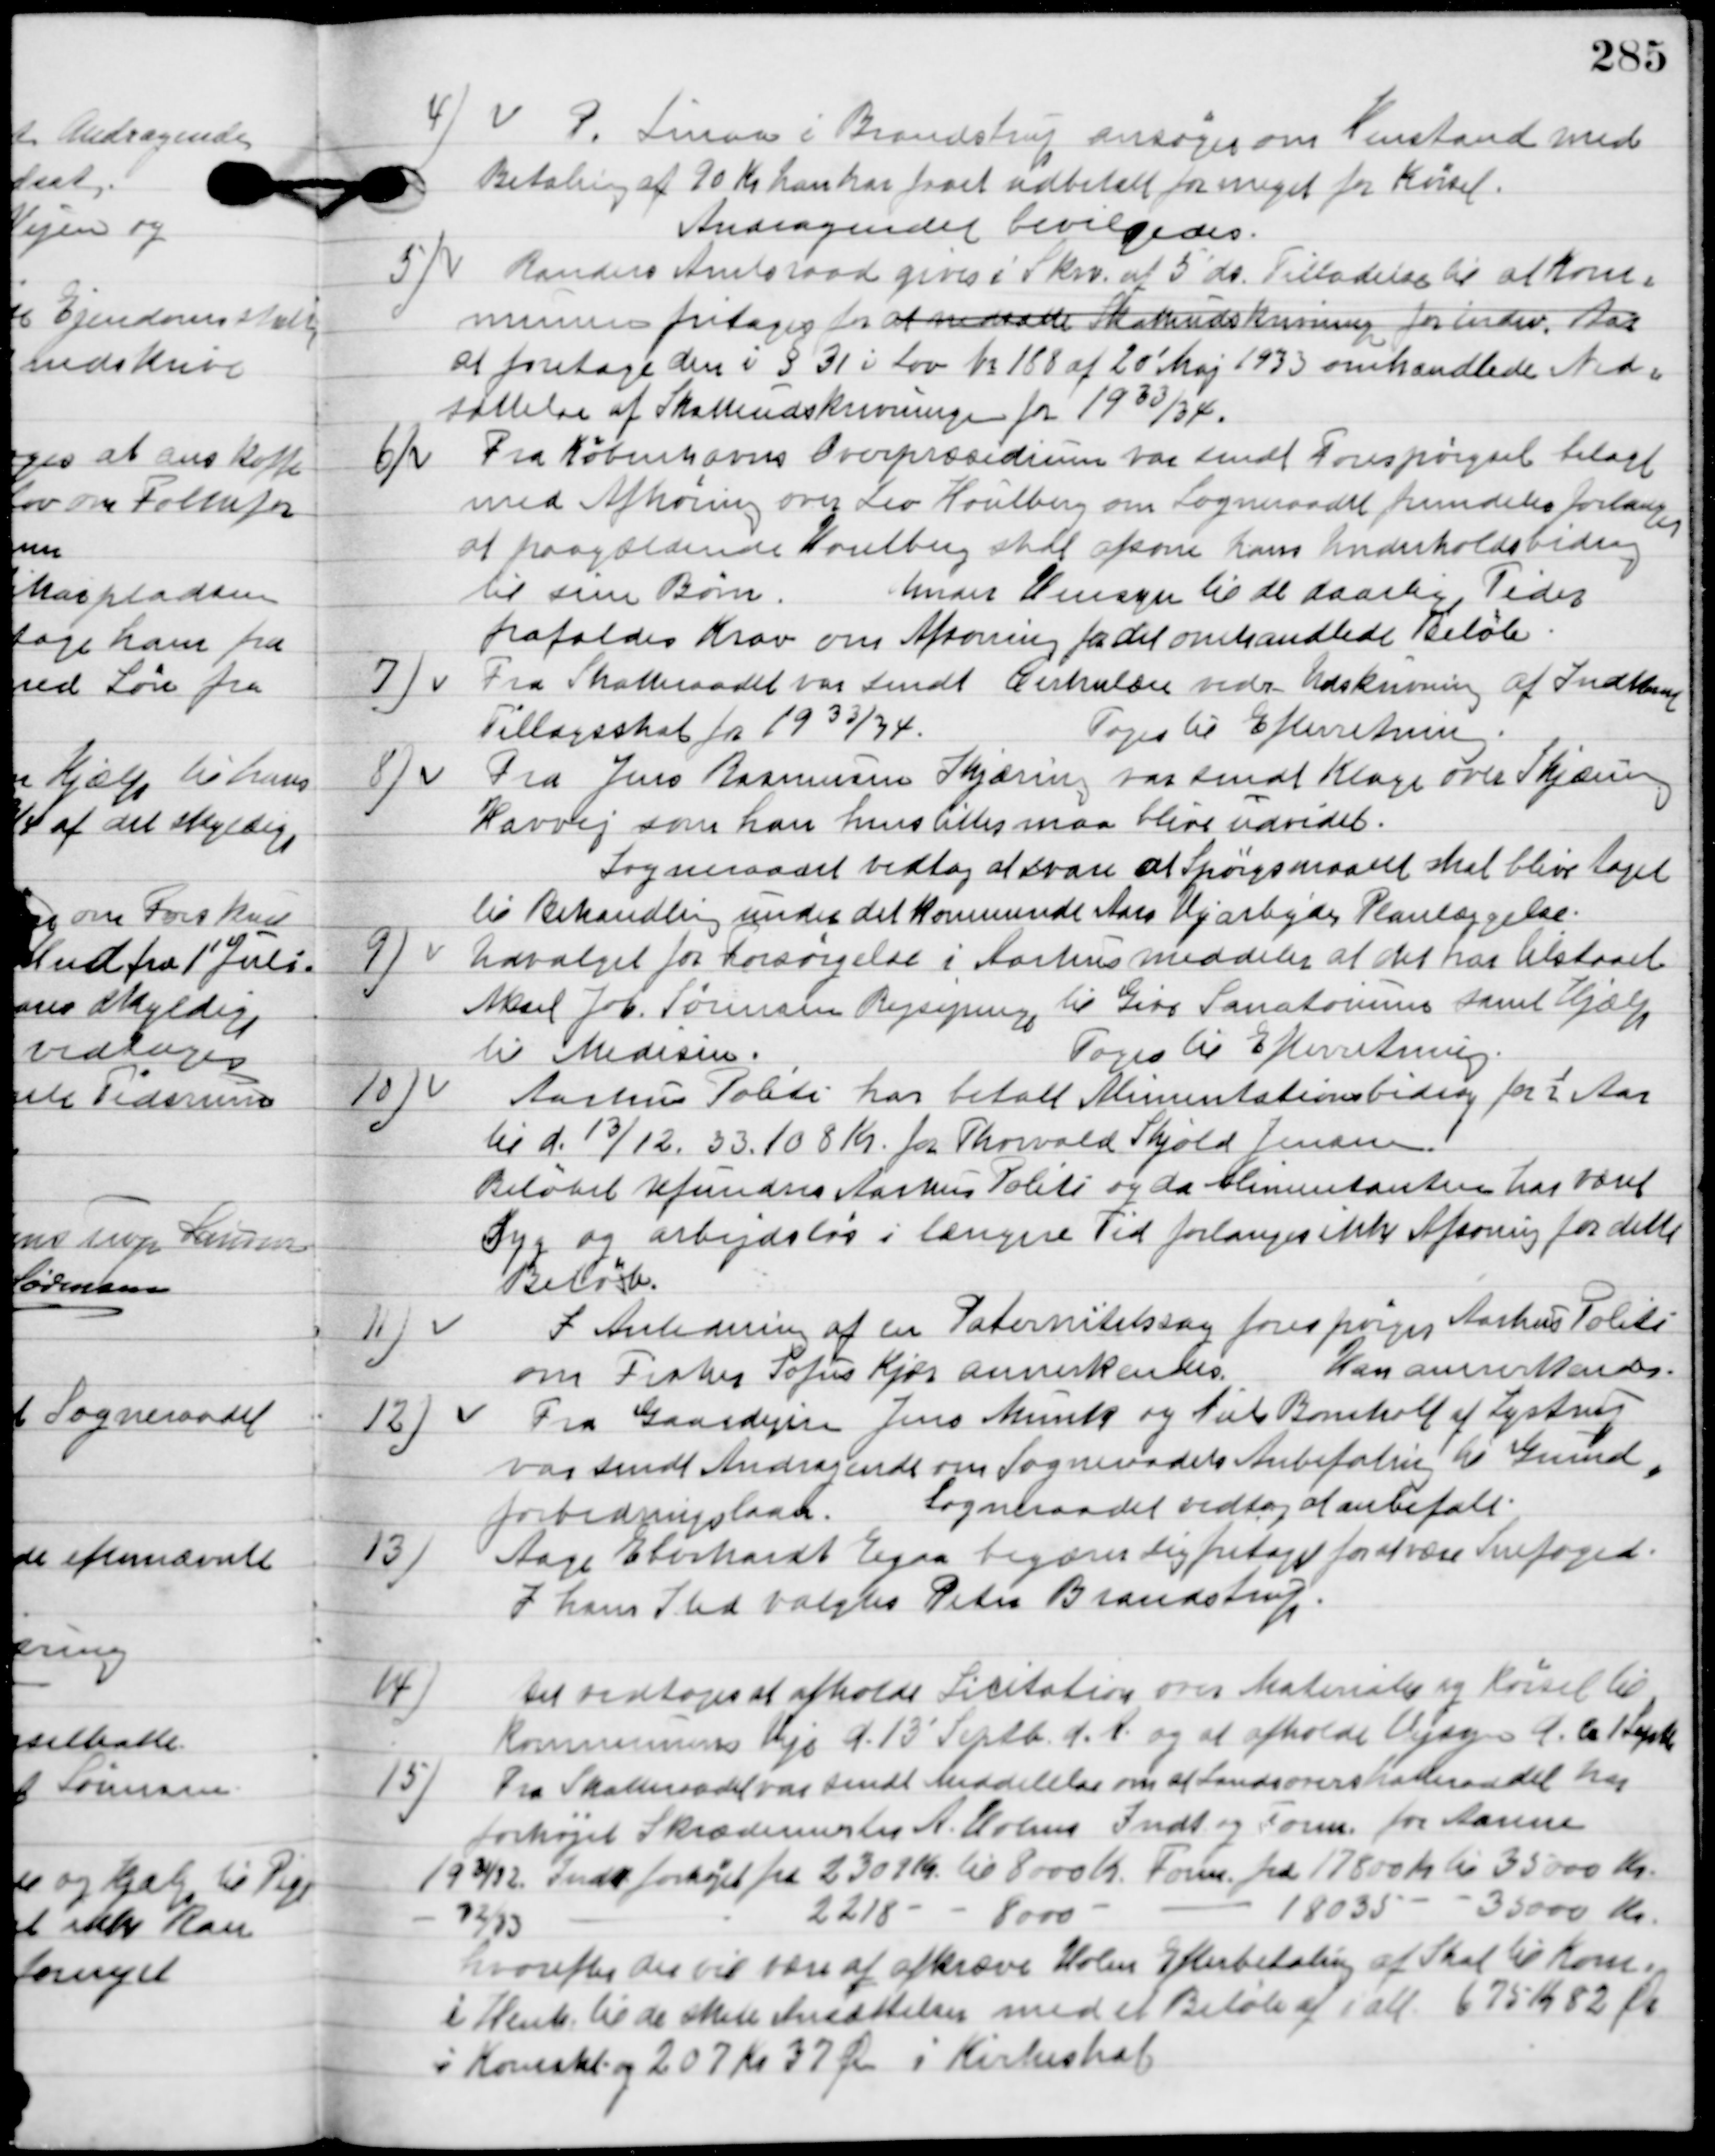
Transskription:
4

P. Linaa i Brandstrup ansøger om henstand med
Betaling af 90 Kr. han har faaet udbetalt for meget for Kørsel.
Andragendet bevilgedes.

5.

Randers Amtsraad giver i skrivelse af 5´ds. Tilladelse til at Kom-
munen fritages for
at foretage den i § 31 i Lov bs. 188 af 20´ Maj 1933 omhandlede An-
sættelse af Skatteudskrivningen for 1933/34.

6

Fra Københavns Overpræsidium var sendt forespørgsel betalt
med Afhøring over Leo Houlberg om Sognerraadet fremdeles forlanger
at paagældende Houlberg skal afsone hans Underholdsbidrag
til sine Børn.
Under Hensyn til de daarlige Tider
frafalder Krav om Afsoning fra det omhandlede Beløb.

7

Fra Skatteraadet var sendt Cirkulære vedr. Udskrivning af Indkomst
Tillægsskat fra 1933/34.
Toges til Efterretning.

8

Fra Jens Rasmussen Skjæring var sendt Klage over Skjæring
Havvej som han henstiller maa blive udvidet.
Sogneraadet vedtog at svare at Spørgsmaalet skal blive taget
til Behandling under det kommende Aars Vejarbejde Planlæggelse.

9.

Udvalget for Forsørgelse i Aarhus meddeler at det har tilstaaet
Aksel Job Sørensen rejsepenge til Give Sanatorium samt Hjælp
til Medisin.
Toges til Efterretning.

10

Aarhus Politi har betalt Alimentationsbidrag for ½ Aar
til d. 13/12. 33.108 Kr. for Thorvald Skjold Jensen.
Beløbet refunderes Aarhus Politi og da Alimentanten har været
syg og arbejdsløs i længere Tid forlanges ikke Afsoning for dette
Beløb.

11.

I Anledningen af en Paternitetssag forespørger Aarhus Politi
om fisker Sofus Kjær annerkendes.
Han annerkendes.

12.

Fra Gaardejer Jens Munk og Niels Bomholt af Lystrup
var sendt Andragende om Sogneraadets anbefaling til Grund-
forbedringslaan.
Sogneraadet vedtog at anbefale.

13

Aage Eberhardt Egaa begærer sig fritaget for at være Snefoged.
I hans sted valgtes Peter Brandstrup.

14

Det vedtoges at afholde Licitation over Materiale og Kørsel til
Kommunens Veje d. 13´ Septb. d. A. og at afholde Vejsyn d. 1´ Septb.

15

Fra Skatteraadet var sendt meddelelse om at Landsoverskatteraadet har
forhøjet Skrædermester A. Holms Indk. og Form. for Aarene
1931/32 Indk. forhøjet fra 2301 Kr. til 8000 Kr., Form. fra 17800 Kr. til 35000 Kr.
1932/33 Indk. forhøjet fra 2218 Kr. til 8000 Kr., Form. fra 18035 Kr. til 35000 Kr.
Hvorefter der vil være at afkræve Holm Efterbetaling af Skat til Kom.
i Henh. Til de skatte Ansættelse med et Beløb af i alt 675 Kr. 82 Øre
i Kom. Skat og 207 Kr. 37 Øre i Kirkeskat.